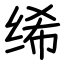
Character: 𫄨